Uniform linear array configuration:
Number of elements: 64
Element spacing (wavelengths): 0.75
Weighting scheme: hamming
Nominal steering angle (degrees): -15
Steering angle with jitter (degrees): -14.829
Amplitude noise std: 0.05
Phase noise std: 0.05

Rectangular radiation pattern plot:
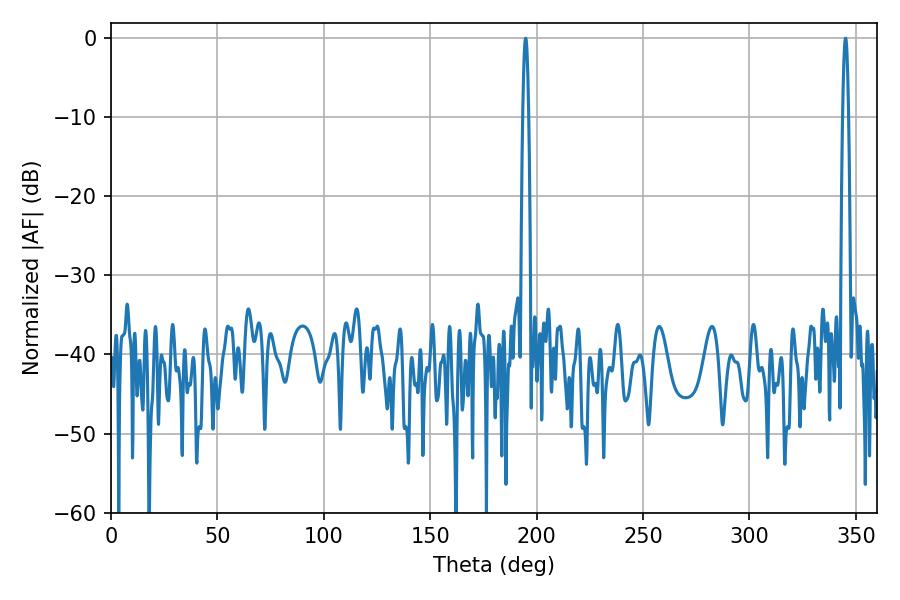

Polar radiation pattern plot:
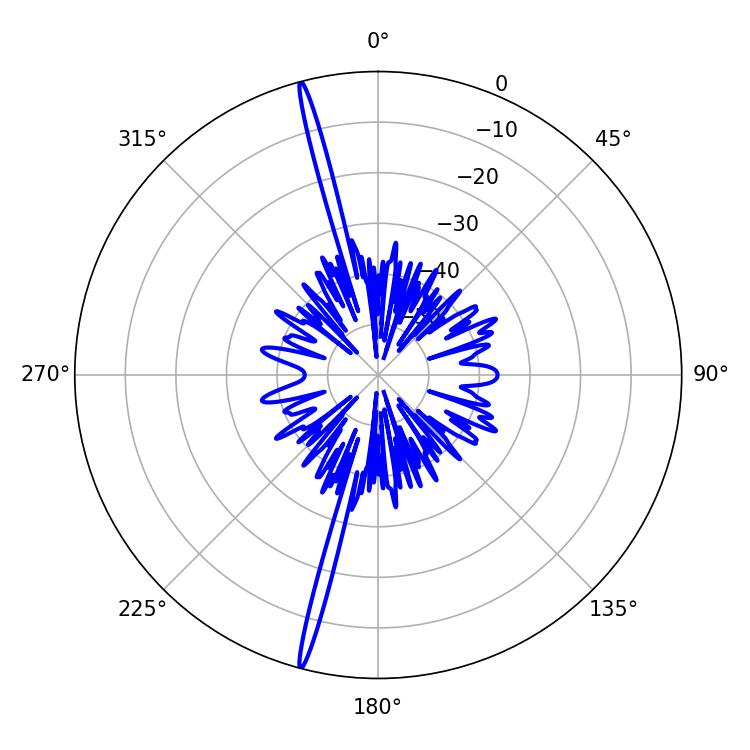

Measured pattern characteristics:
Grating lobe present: TRUE
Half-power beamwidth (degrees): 1.44
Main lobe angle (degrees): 194.76